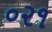
૦૨૧